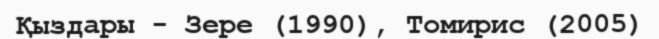
Қыздары - Зере (1990), Томирис (2005)